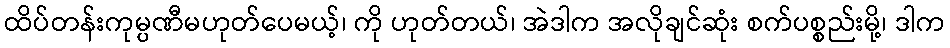
ထိပ်တန်းကုမ္ပဏီမဟုတ်ပေမယ့်၊ ကို ဟုတ်တယ်၊ အဲဒါက အလိုချင်ဆုံး စက်ပစ္စည်းမို့၊ ဒါက